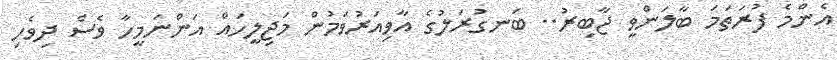
އެންމެ ފުރަތަމަ ބާލަންވީ ޖާބިރު.. ބަނގުރަލުގެ އާވިއަރުވަމުން މަޖިލީހައް އަންނަމީހާ ވެސް ދިވެހި